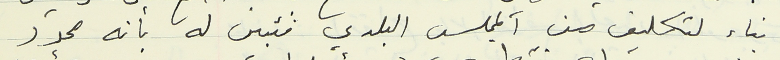
بناء لتكليف من المجلس البلدي فتبين له بأنه محدّد